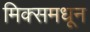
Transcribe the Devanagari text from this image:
मिक्समधून